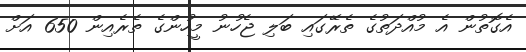
އެގޮތުން އެ މުއްދަތުގެ ތެރޭގައި ބަލި ޖެހުނު މީހުންގެ ތެރެއިން 650 އަށް